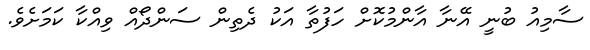
ސާމިއު ބުނީ އޭނާ އާންމުކޮށް ހަފުތާ އަކު ދެތިން ސަންދޯއް ވިއްކާ ކަމަށެވެ.